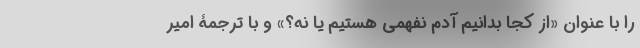
را با عنوان «از کجا بدانیم آدم نفهمی هستیم یا نه؟» و با ترجمۀ امیر